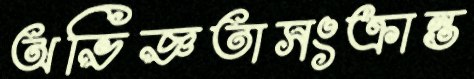
অভিজ্ঞতাসংক্রান্ত